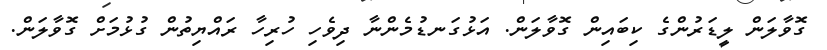
ގޮވާލަން ލީޑަރުންގެ ކިބައިން ގޮވާލަން. އަޅުގަނޑުމެންނާ ދިވެހި ހުރިހާ ރައްޔިތުން ގުޅުމަށް ގޮވާލަން.